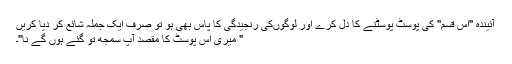
آئیندہ "اس قسم" کی پوسٹ پوسٹنے کا دل کرے اور لوگوں‌کی رنجیدگی کا پاس بھی ہو تو صرف ایک جملہ شائع کر دیا کریں
" میری اس پوسٹ کا مقصد آپ سمجھ تو گئے ہوں گے نا"‌۔